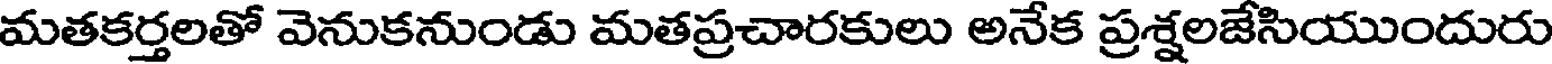
మతకర్తలతో వెనుకనుండు మతప్రచారకులు అనేక ప్రశ్షలజేసియుందురు